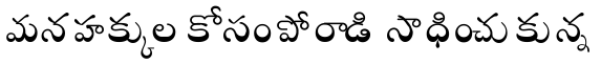
మనహక్కుల కోసం పోరాడి సాధించుకున్న